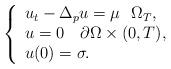
LaTeX: \begin{align*}\left\{ \begin{array}{l}{u_{t}}-{\Delta _{p}}u=\mu ~~\Omega _{T}, \\ {u}=0~~~\partial \Omega \times (0,T), \\ u(0)=\sigma .\end{array}\right. \end{align*}